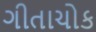
ગીતાચોક